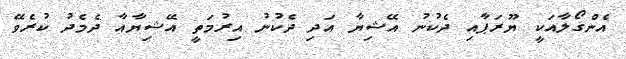
އެންގޯލާއަކީ ޔޫރަޕާއި ދެކުނު އޭޝިޔާ އަދި ދެކުނު އިރުމަތީ އޭޝިޔާއާ ދެމެދު ކުރެވޭ